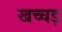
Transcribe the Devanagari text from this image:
खच्चड़